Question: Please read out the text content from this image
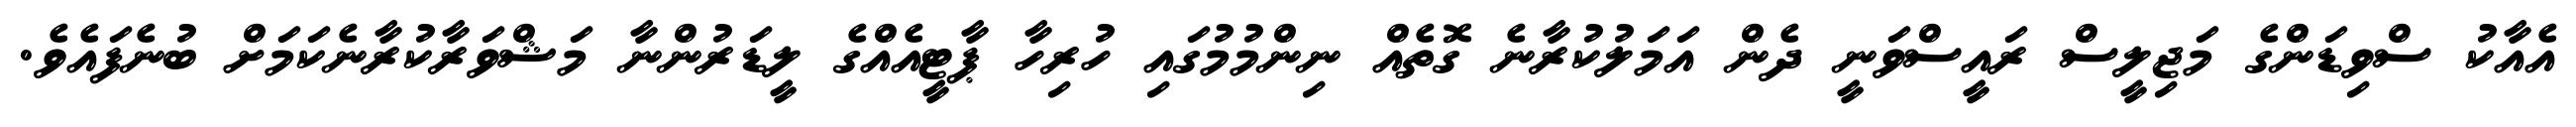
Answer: އެއާކު ސްވިޑަންގެ މަޖިލީސް ރައީސްވަނީ ދެން އަމަލުކުރާނެ ގޮތެއް ނިންމުމުގައި ހުރިހާ ޕާޓީއެއްގެ ލީޑަރުންނާ މަޝްވަރާކުރާނެކަމަށް ބުނެފައެވެ.